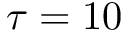
\tau = 1 0